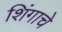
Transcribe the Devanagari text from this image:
शिंगाचे